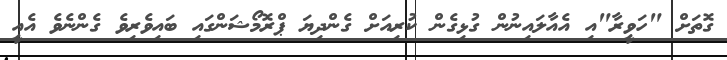
ގޮތަށް "ހަވީރާ"އި އެއާލައިނުން ގުޅިގެން ކުރިއަށް ގެންދިޔަ ޕްރޮމޯޝަންގައި ބައިވެރިވެ ގެންނެވެ އެއީ